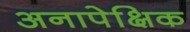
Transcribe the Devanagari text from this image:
अनापेक्षिक